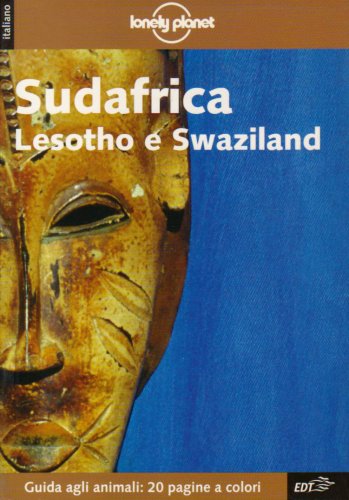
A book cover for Sudafrica, Lesotho e Swaziland (Lonely Planet Travel Guides) (Italian Edition); S. Richmond; Travel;